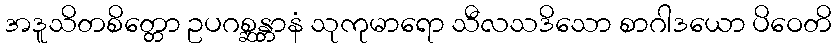
အဒူသိတစိတ္တော ဥပဂစ္ဆန္တာနံ သုကုမာရော သီလသဒိသော စာဂါဒယော ပိဝေတိ